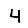
Digit: 4